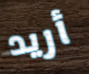
أريد